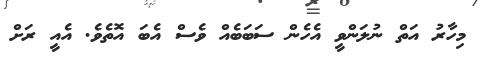
މިހާރު އަތް ނުލަންވީ އެހެން ސަބަބެއް ވެސް އެބަ އޮތެވެ. އެއީ ރަށް